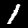
Label: 1